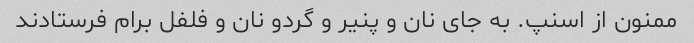
ممنون از اسنپ. به جای نان و پنیر و گردو نان و فلفل برام فرستادند